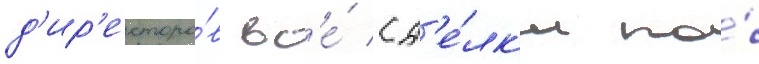
д'ир'екторо́в вс'е́ сд'е́лк'и по́